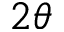
2 \theta